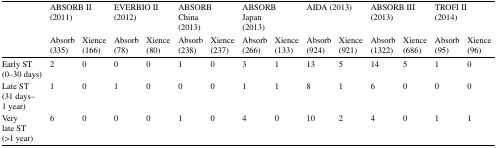
|  | <COLSPAN=2> ABSORB II(2011) | <COLSPAN=2> EVERBIO II(2012) | <COLSPAN=2> ABSORB China(2013) | <COLSPAN=2> ABSORB Japan(2013) | <COLSPAN=2> AIDA (2013) | <COLSPAN=2> ABSORB III(2013) | <COLSPAN=2> TROFI II(2014) |
 |  | Absorb(335) | Xience(166) | Absorb(78) | Xience(80) | Absorb(238) | Xience(237) | Absorb(266) | Xience(133) | Absorb(924) | Xience(921) | Absorb(1322) | Xience(686) | Absorb(95) | Xience(96) |
 | --- | --- | --- | --- | --- | --- | --- | --- | --- | --- | --- | --- | --- | --- | --- |
 | Early ST (0–30 days) | 2 | 0 | 0 | 0 | 1 | 0 | 3 | 1 | 13 | 5 | 14 | 5 | 1 | 0 |
 | Late ST (31 days–1 year) | 1 | 0 | 1 | 0 | 0 | 0 | 1 | 1 | 8 | 1 | 6 | 0 | 0 | 0 |
 | Very late ST (>1 year) | 6 | 0 | 0 | 0 | 1 | 0 | 4 | 0 | 10 | 2 | 4 | 0 | 1 | 1 |